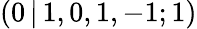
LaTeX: (0\, |\, 1,0,1,-1;1)